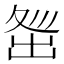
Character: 𡕜